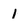
Character: L